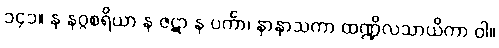
၁၄၁။ န နဂ္ဂစရိယာ န ဇဋာ န ပင်္ကာ၊ နာနာသကာ ထဏ္ဍိလသာယိကာ ဝါ။